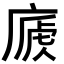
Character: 𢊐